system: You are a helpful assistant.
user:
Analyze the provided spectrum to determine if it is a **S-type Star**.

- **Key Indicators for S-type Star:**

    - **(Overall Spectrum Shape):** The first and most obvious characteristic is the overall continuum (the "baseline" shape). It is **extremely "red-sloping,"** meaning the flux (light intensity) is very low on the left side (blue, ~4000-4500 Å) and rises steeply and continuously toward the right side (red, ~7000 Å+).

    - **(Primary):** The spectrum is defined by the presence of strong, broad molecular absorption "valleys" (bands) from **Zirconium Oxide (ZrO)**. The identification of these bands is the **primary requirement** for classifying a star as S-type.
        - **(Key Bandheads):** You must find distinct, deep "dips" where the light has been absorbed. The most critical band systems to locate are:
            - **~6474 Å** ($\gamma$-system): This is often the strongest and clearest ZrO feature, found in the red part of the spectrum.
            - **~5718 Å** & **~5551 Å** ($\beta$-system): A pair of prominent absorption features in the yellow-orange part of the spectrum.
            - **~4640 Å** ($\alpha$-system): A key absorption band system in the blue-green region of the spectrum.

    - **(Secondary Confirmation):** The classification is strengthened by finding additional absorption bands from other related heavy element oxides, which are expected to be present alongside ZrO.
        - **(Key Bandheads):**
            - **Yttrium Oxide (YO):** Look for absorption dips near **~4800 Å** and **~6100 Å**.
            - **Lanthanum Oxide (LaO):** Additional absorption features, particularly in the red-orange part of the spectrum, are also characteristic.

    - **(Line Profile):** The combination of the steep red continuum and these numerous, deep molecular bands (ZrO, YO, etc.) gives the entire spectrum a very **"chopped-up"** or **"bumpy"** appearance. Instead of a smooth curve, the spectrum looks as though large, wide chunks of light have been "carved out" of it at the specific wavelengths listed above.

Think first, call **spectral_visualization_tool** if needed to examine features in detail, then provide your final answer. Your response must adhere to the following strict rules:
1.  **Overall Structure:** Your response must follow the format `<think>...</think> <tool_call>...</tool_call> (if a tool is used) <answer>...</answer>`.
2.  **Tool Usage Constraint:** You may only make **one** tool call per turn.
3.  **Final Answer Format:** In the `<answer>` tag, your conclusion must be inside a `\boxed{}` command (e.g., `\boxed{YES}` or `\boxed{NO}`), followed by your justification.

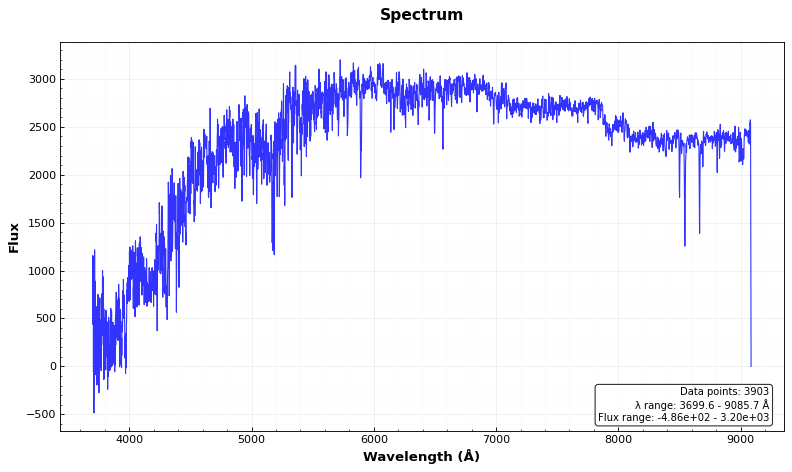
Answer: NO